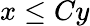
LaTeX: x\le Cy